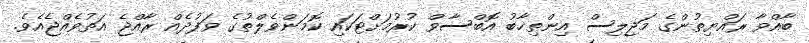
ބާއްވާ ރައްޔިތުންގެ މަޖިލިސް އިންތިޚާބު އޮބްސާވް ކުރުމަށްޓަކައި ކޮމަންވެލްތުގެ ވަފުދެއް ރާއްޖެ އަތުވެއްޖެއެވެ.